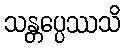
သန္တပ္ပေဿသိ